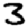
Digit: 3